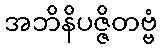
အဘိနိပဇ္ဇိတဗ္ဗံ